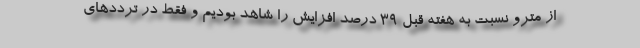
از مترو نسبت به هفته قبل ۳۹ درصد افزایش را شاهد بودیم و فقط در ترددهای